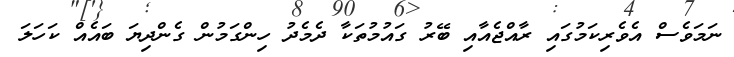
ނަމަވެސް އެވެރިކަމުގައި ރާއްޖެއާއި ބޭރު ގައުމުތަކާ ދެމެދު ހިންގަމުން ގެންދިޔަ ބައެއް ކަހަލަ